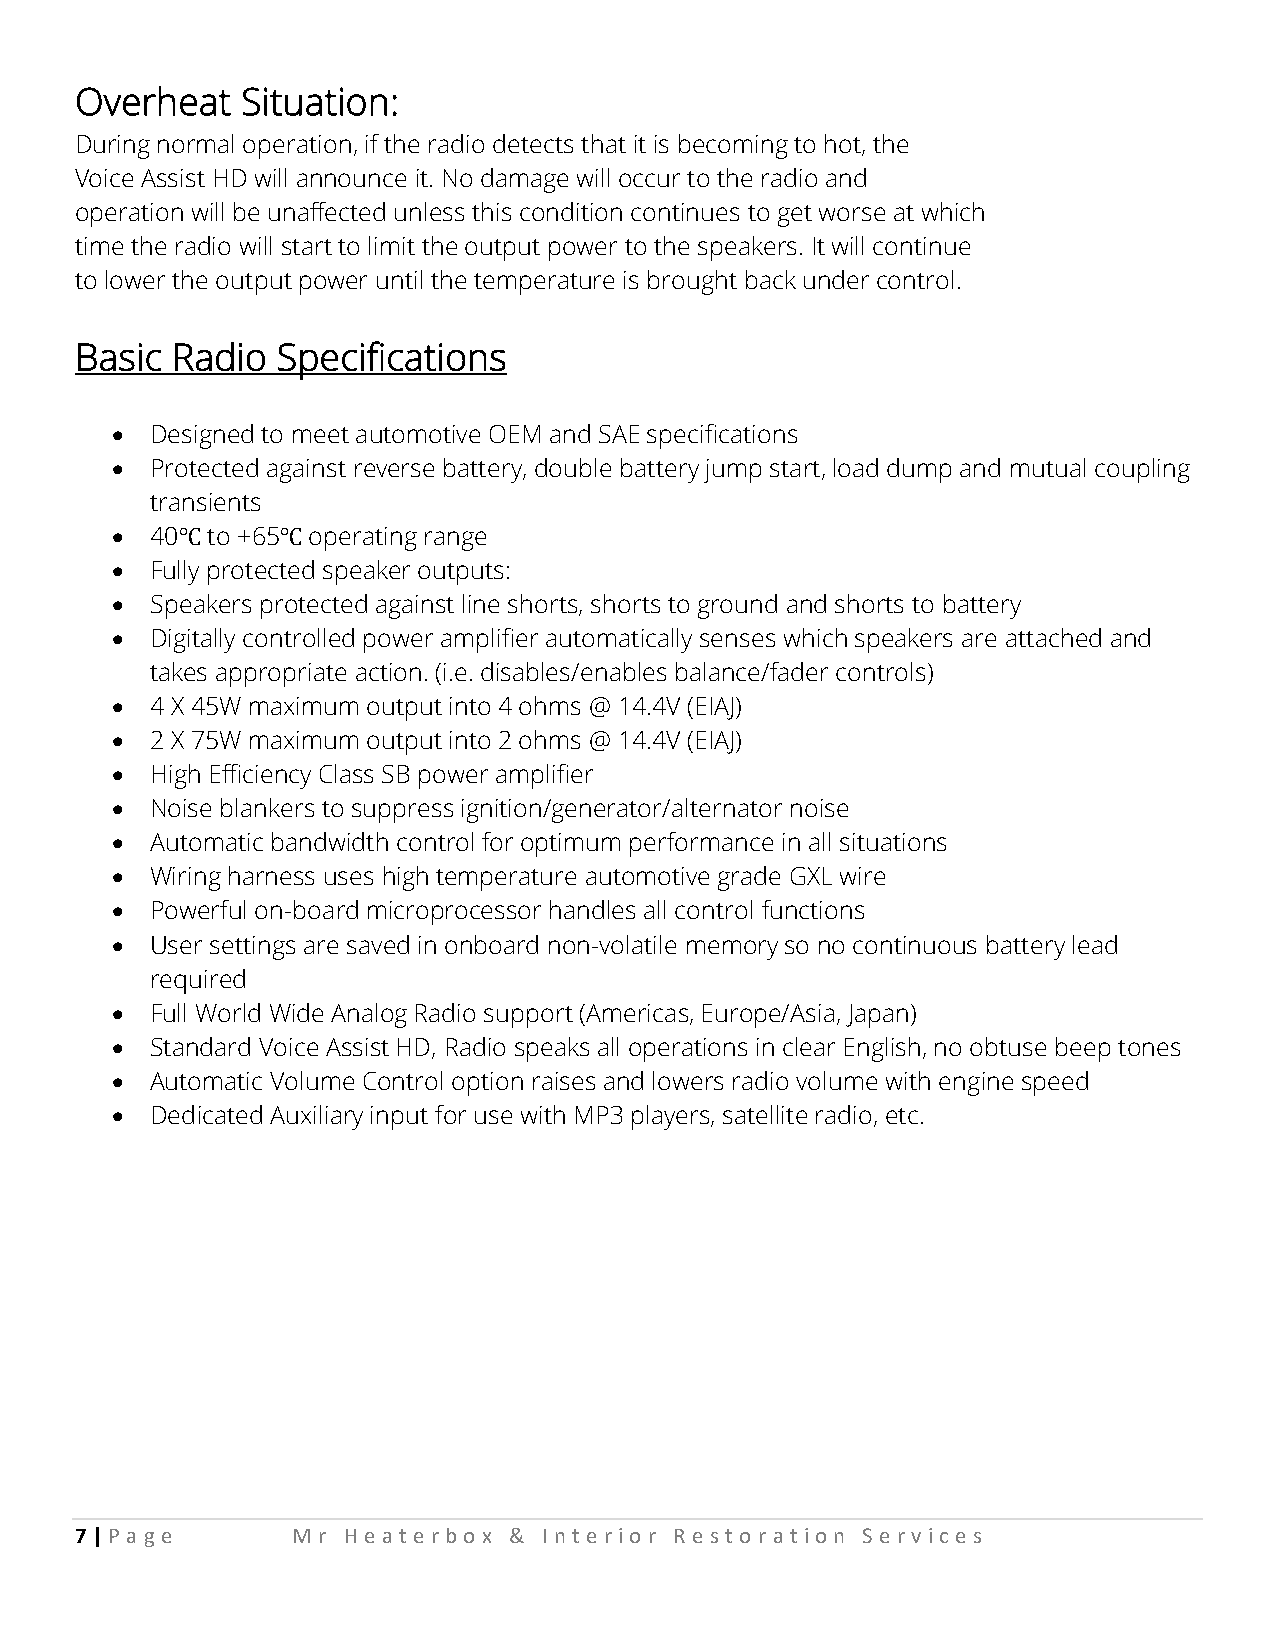
Overheat   Situation:
 During normal operation, if the radio detects that it is becoming to hot, the
 Voice Assist HD will announce it. No damage will occur to the radio and
 operation will be unaffected unless this condition continues to get worse at which
 time the radio will start to limit the output power to the speakers. It will continue
 to lower the output power until the temperature is brought back under control.
 Basic Radio  Specifications
   Designed to meet automotive OEM and SAE specifications
   Protected against reverse battery, double battery jump start, load dump and mutual coupling
 transients
   40℃ to +65℃ operating range
   Fully protected speaker outputs:
   Speakers protected against line shorts, shorts to ground and shorts to battery
   Digitally controlled power amplifier automatically senses which speakers are attached and
 takes appropriate action. (i.e. disables/enables balance/fader controls)
   4 X 45W maximum output into 4 ohms @ 14.4V (EIAJ)
   2 X 75W maximum output into 2 ohms @ 14.4V (EIAJ)
   High Efficiency Class SB power amplifier
   Noise blankers to suppress ignition/generator/alternator noise
   Automatic bandwidth control for optimum performance in all situations
   Wiring harness uses high temperature automotive grade GXL wire
   Powerful on-board microprocessor handles all control functions
   User settings are saved in onboard non-volatile memory so no continuous battery lead
 required
   Full World Wide Analog Radio support (Americas, Europe/Asia, Japan)
   Standard Voice Assist HD, Radio speaks all operations in clear English, no obtuse beep tones
   Automatic Volume Control option raises and lowers radio volume with engine speed
   Dedicated Auxiliary input for use with MP3 players, satellite radio, etc.
 7 | P a ge    Mr  He at e rbo x & Int e rio r Re st o rat io n Se rv ic e s